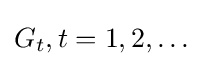
G_{t},t=1,2,\ldots